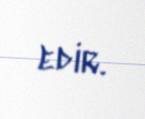
edir.